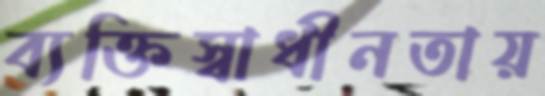
ব্যক্তিস্বাধীনতায়